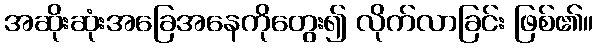
အဆိုးဆုံးအခြေအနေကိုတွေး၍ လိုက်လာခြင်း ဖြစ်၏။